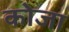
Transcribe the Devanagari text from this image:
कोजा